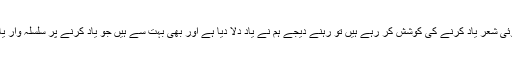
اگر آپ اس طرح کا کوئی شعر یاد کرنے کی کوشش کر رہے ہیں تو رہنے دیجے ہم نے یاد دلا دیا ہے اور بھی بہت سے ہیں جو یاد کرنے پر سلسلہ وار یاد آتے چلے جائیں گے۔